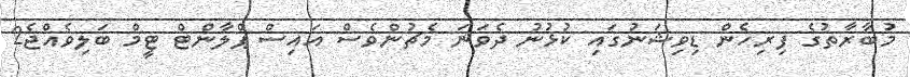
މުބާރާތުގެ ފިރިހެން ޑިވިޝަނުގައި ކުޅުނު ދެވަނަ މެޗުންވެސް އައިސް ޕްލާންޓް ޓީމް ބަލިވެއްޖެ2